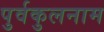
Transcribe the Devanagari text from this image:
पुर्वकुलनाम